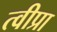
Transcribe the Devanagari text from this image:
त्वीप्रा